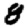
Digit: 8